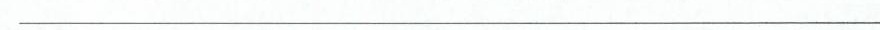
______